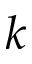
k